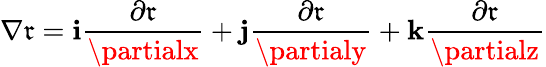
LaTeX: \nabla\mathfrak{r}={\mathbf{{i}}\frac{{\partial\mathfrak{r}}}{{\partialx}}+\mathbf{{j}}\frac{{\partial\mathfrak{r}}}{{\partialy}}+\mathbf{{k}}\frac{{\partial\mathfrak{r}}}{{\partialz}}}